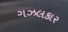
ગઝલકાર